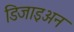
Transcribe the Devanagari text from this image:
डिजाइअन